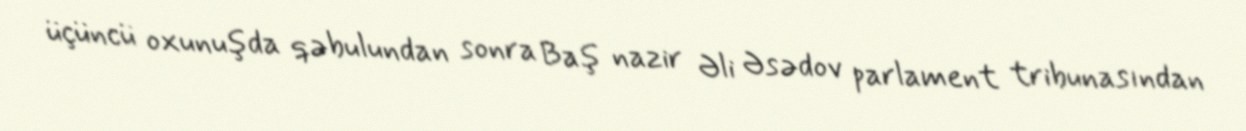
üçüncü oxunuşda qəbulundan sonra Baş nazir Əli Əsədov parlament tribunasından